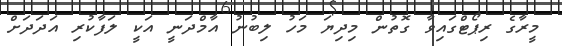
މީރާގެ ރިޕޯޓްގައިވާ ގޮތުން މިދިޔަ މަހު ލިބުނު އާމްދަނީ އަކީ ލަފާކުރި އަދަދަށް